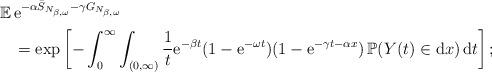
LaTeX: \begin{align*}{\mathbb E}\,&{\rm e}^{-\alpha \bar S_{N_{\beta,\omega}}- \gamma G_{N_{\beta,\omega}}}\\&= \exp\left[-\int_0^\infty \int_{(0,\infty)}\frac{1}{t}{\rm e}^{-\beta t}(1-{\rm e}^{-\omega t})(1-{\rm e}^{-\gamma t-\alpha x})\,{\mathbb P}(Y(t)\in{\rm d}x)\,{\rm d}t\right];\end{align*}